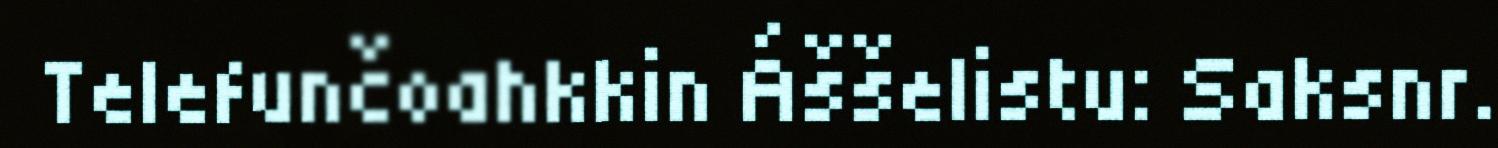
Telefunčoahkkin Áššelistu: Saksnr.